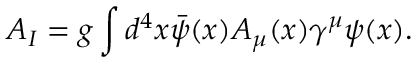
{ \cal A } _ { I } = g \int d ^ { 4 } x \bar { \psi } ( x ) A _ { \mu } ( x ) \gamma ^ { \mu } \psi ( x ) .